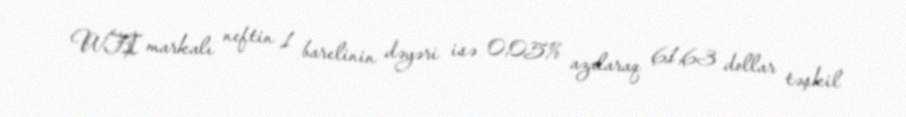
WTI markalı neftin 1 barelinin dəyəri isə 0,05% azalaraq 61,63 dollar təşkil